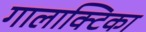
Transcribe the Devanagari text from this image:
गालाक्टिका